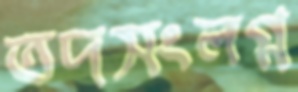
তদসংলগ্ন